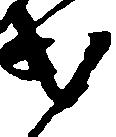
第